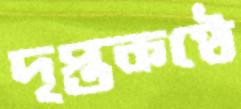
দৃপ্তকণ্ঠে